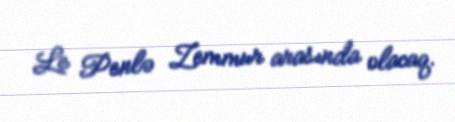
Le Penlə Zemmur arasında olacaq.